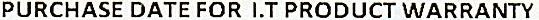
PURCHASE DATE FOR I.T PRODUCT WARRANTY